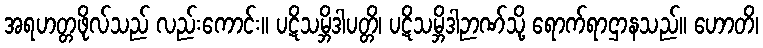
အရဟတ္တဖိုလ်သည် လည်းကောင်း။ ပဋိသမ္ဘိဒါပတ္တိ၊ ပဋိသမ္ဘိဒါဉာဏ်သို့ ရောက်ရာဌာနသည်။ ဟောတိ၊